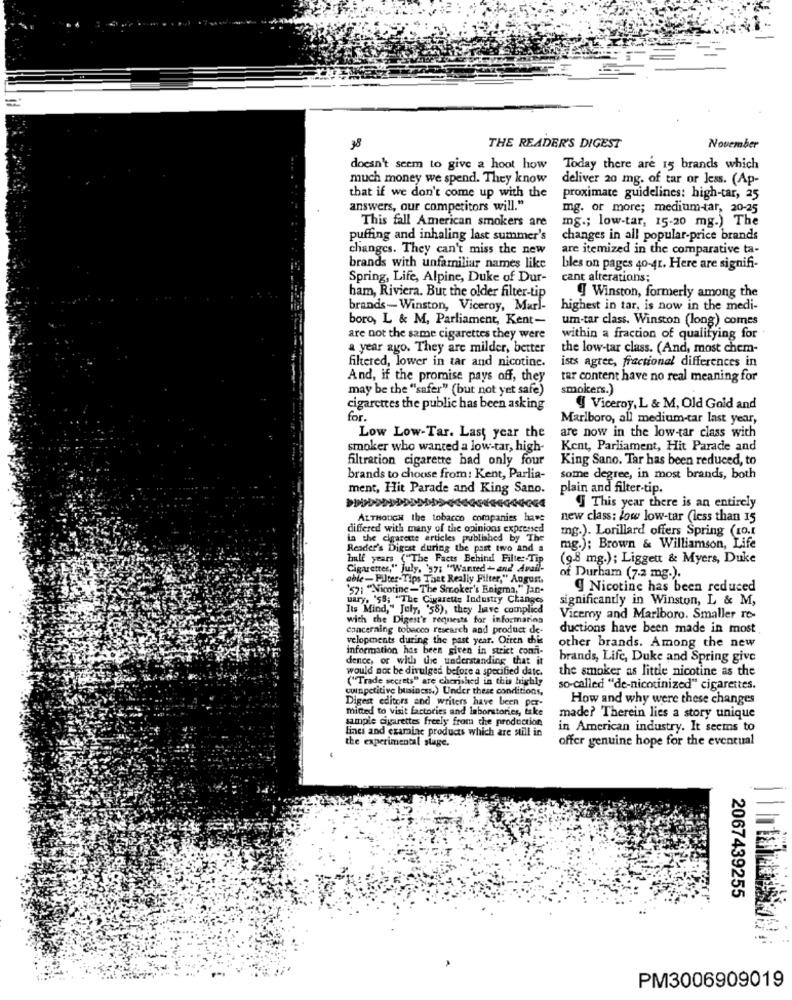
38
THE READER'S DIGEST
November
doesn't seem to give a hoot how
Today there are 15 brands which
much money we spend. They know
deliver 20 mg. of tar or Jess. (Ap-
that if we don't come up with the
proximate guidelines: high-tar, 25
answers, our competitors will."
mg. or more; medium-tar, 20-25
This fall American smokers are
mg .; low-tar, 15-20 mg.) The
puffing and inhaling last summer's
changes in all popular-price brands
changes. They can't miss the new
are itemized in the comparative ta-
brands with unfamiliar names like
bles on pages 40-41. Here are signifi-
Spring, Life, Alpine, Duke of Dur-
cant alterations;
ham, Riviera. But the older filter-tip
Winston, formerly among the
brands- Winston, Viceroy, Marl-
highest in tar, is now in the medi-
boro, L & M, Parliament, Kent-
um-tar class. Winston (long) comes
are not the same cigarettes they were
within a fraction of qualifying for
a year ago. They are milder, better
the low-tar class. (And, most chem-
ists agree, fractional differences in
filtered, lower in tar and nicotine.
And, if the promise pays off, they
tar content have no real meaning for
may be the "safer" (but not yet safe)
smokers.)
cigarettes the public has been asking
@ Viceroy, L & M, Old Gold and
for.
Marlboro, all medium-tar last year,
are now in the low-tar class with
Low Low-Tar. Last year the
smoker who wanted a low-tar, high-
Kent, Parliament, Hit Parade and
filtration cigarette bad only four
King Sano. Tar has been reduced, to
brands to choose from: Kent, Parlia-
some degree, in most brands, both
ment, Hit Parade and King Sano.
plain and filter-tip.
DDD
J This year there is an entirely
ALTHOUGH the tobacco companies have
new class: low low-tar (less than 15
differed with many of the opinions expressed
mg.). Lorillard offers Spring (co.1
in the cigarette articles published by The
Reader's Digest during the past two and a
mg.); Brown & Williamson, Life
half years ("The Facts Behind Filter-Tip
(9.8 mg.); Liggett & Myers, Duke
ter," july, '97: "Wanted - and Avail-
able- PUter-Tips That Really Filter," Augunt,
of Durham (7.2 mg.)
`57: "Nicotine - The Smoker's Enigma," Jan-
9 Nicotine has been reduced
uary. '58; "The Cigarette Industry Changes
significantly in Winston, L & M,
Its Mind," July, '58), they have complicd
with the Digest's requests for information
Viceroy and Marlboro. Smaller ro-
concerning tobacco research and product de-
ductions have been made in most
velopments during the past year. Orten this
information has been given in strict comi-
other brands. Among the new
dence, or with the understanding that it
brands, Life, Duke and Spring give
would not be divulged before a specified date.
the smoker as little nicotine as the
("Trade secrets" are cherished in this highly
cuinpetitive business.) Under these conditions,
so-called "de-nicotinized" cigarettes.
Digest editors and writers have been per-
How and why were these changes
mitted to visit factories and laborstories, take
sample cigarettes freely from the production
made? Therein lies a story unique
Eines and examinc products which are still in
in American industry. It seems to
the experimental slage.
offer genuine hope for the eventual
2067439255
PM3006909019